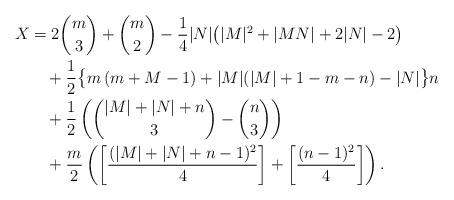
LaTeX: \begin{align*}X&=2\binom m3+\binom m2-\frac 14|N|\big(|M|^2+|MN|+2|N|-2\big)\\&\quad+\frac 12\big\{m\left(m+M-1\right)+|M|(|M|+1-m-n)-|N|\big\}n\\&\quad+\frac 12\left(\binom{|M|+|N|+n}3-\binom n3\right)\\&\quad+\frac m2\left(\left[\frac{(|M|+|N|+n-1)^2}4\right]+\left[\frac{(n-1)^2}4\right]\right).\end{align*}